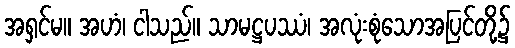
အရှင်မ။ အဟံ၊ ငါသည်။ သာမဋ္ဌပဿံ၊ အလုံးစုံသောအပြင်တို့၌